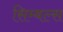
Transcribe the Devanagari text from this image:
सिम्बल्स